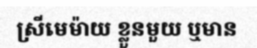
ស្រីមេម៉ាយ ខ្លួនមួយ ឬមាន